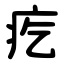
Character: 疙